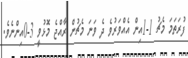
ފުރަތަމަ މެޗު 1-1އިން އެއްވަރުވެ ދެ ވަނަ މެޗުން ރާއްޖެ މޮޅުވީ 3-0އިންނެވެ.